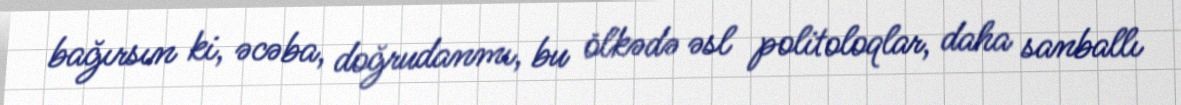
bağırsın ki, əcəba, doğrudanmı, bu ölkədə əsl politoloqlar, daha sanballı